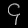
Digit: ၄